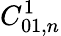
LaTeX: C_{01,n}^{1}